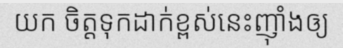
យក ចិត្តទុកដាក់ខ្ពស់នេះញ៉ាំងឲ្យ